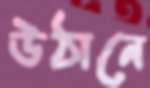
উঠানে